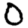
Digit: 0